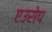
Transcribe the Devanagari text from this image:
एउरोप